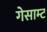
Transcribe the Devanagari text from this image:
गेसाम्ट